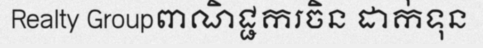
Realty Groupពាណិជ្ជករចិន ដាក់ទុន